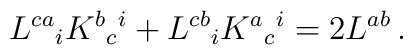
L^{ca}{}_i K^{b}{}_{c}{}^i + L^{cb}{}_i K^{a}{}_{c}{}^i = 2 L^{ab}\,.